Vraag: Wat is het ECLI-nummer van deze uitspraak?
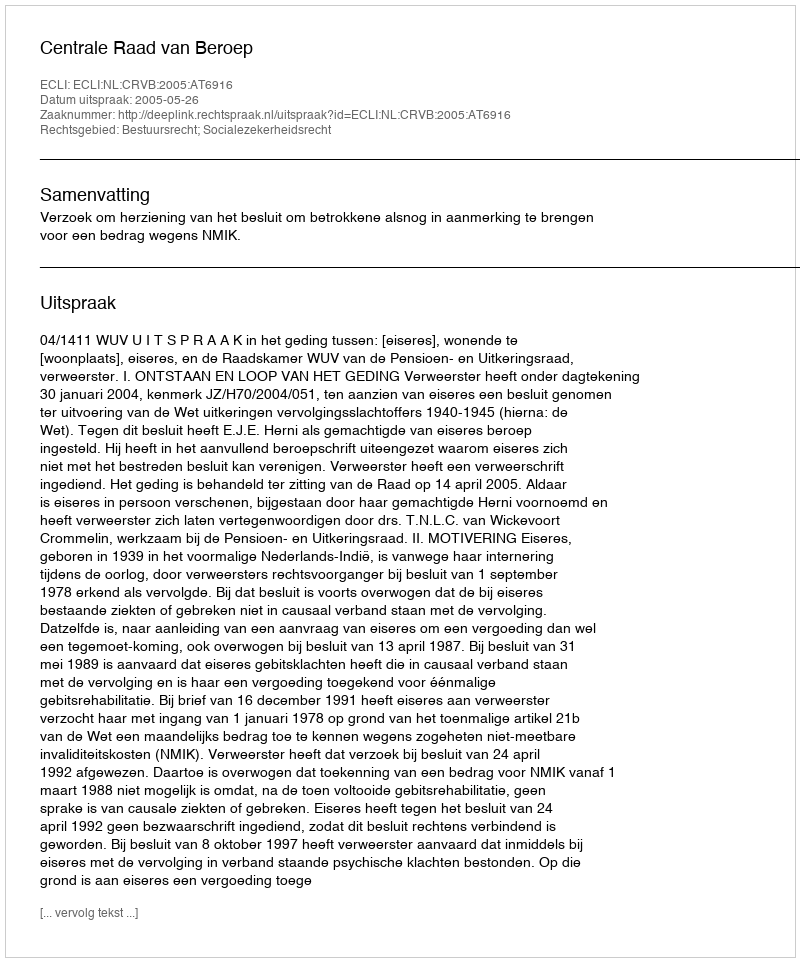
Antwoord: ECLI:NL:CRVB:2005:AT6916